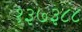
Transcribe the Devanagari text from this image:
१३७३८८